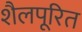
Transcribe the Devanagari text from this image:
शैलपूरित